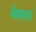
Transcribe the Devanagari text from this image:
मेकात